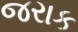
જરાક